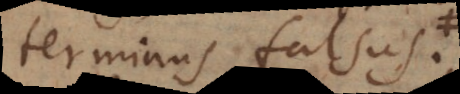
terminus falsus.